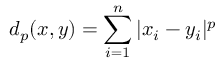
d _ { p } ( x , y ) = \sum _ { i = 1 } ^ { n } | x _ { i } - y _ { i } | ^ { p }